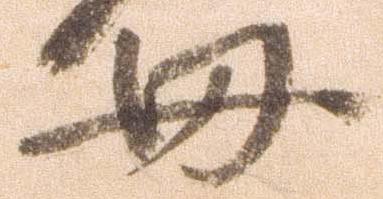
母